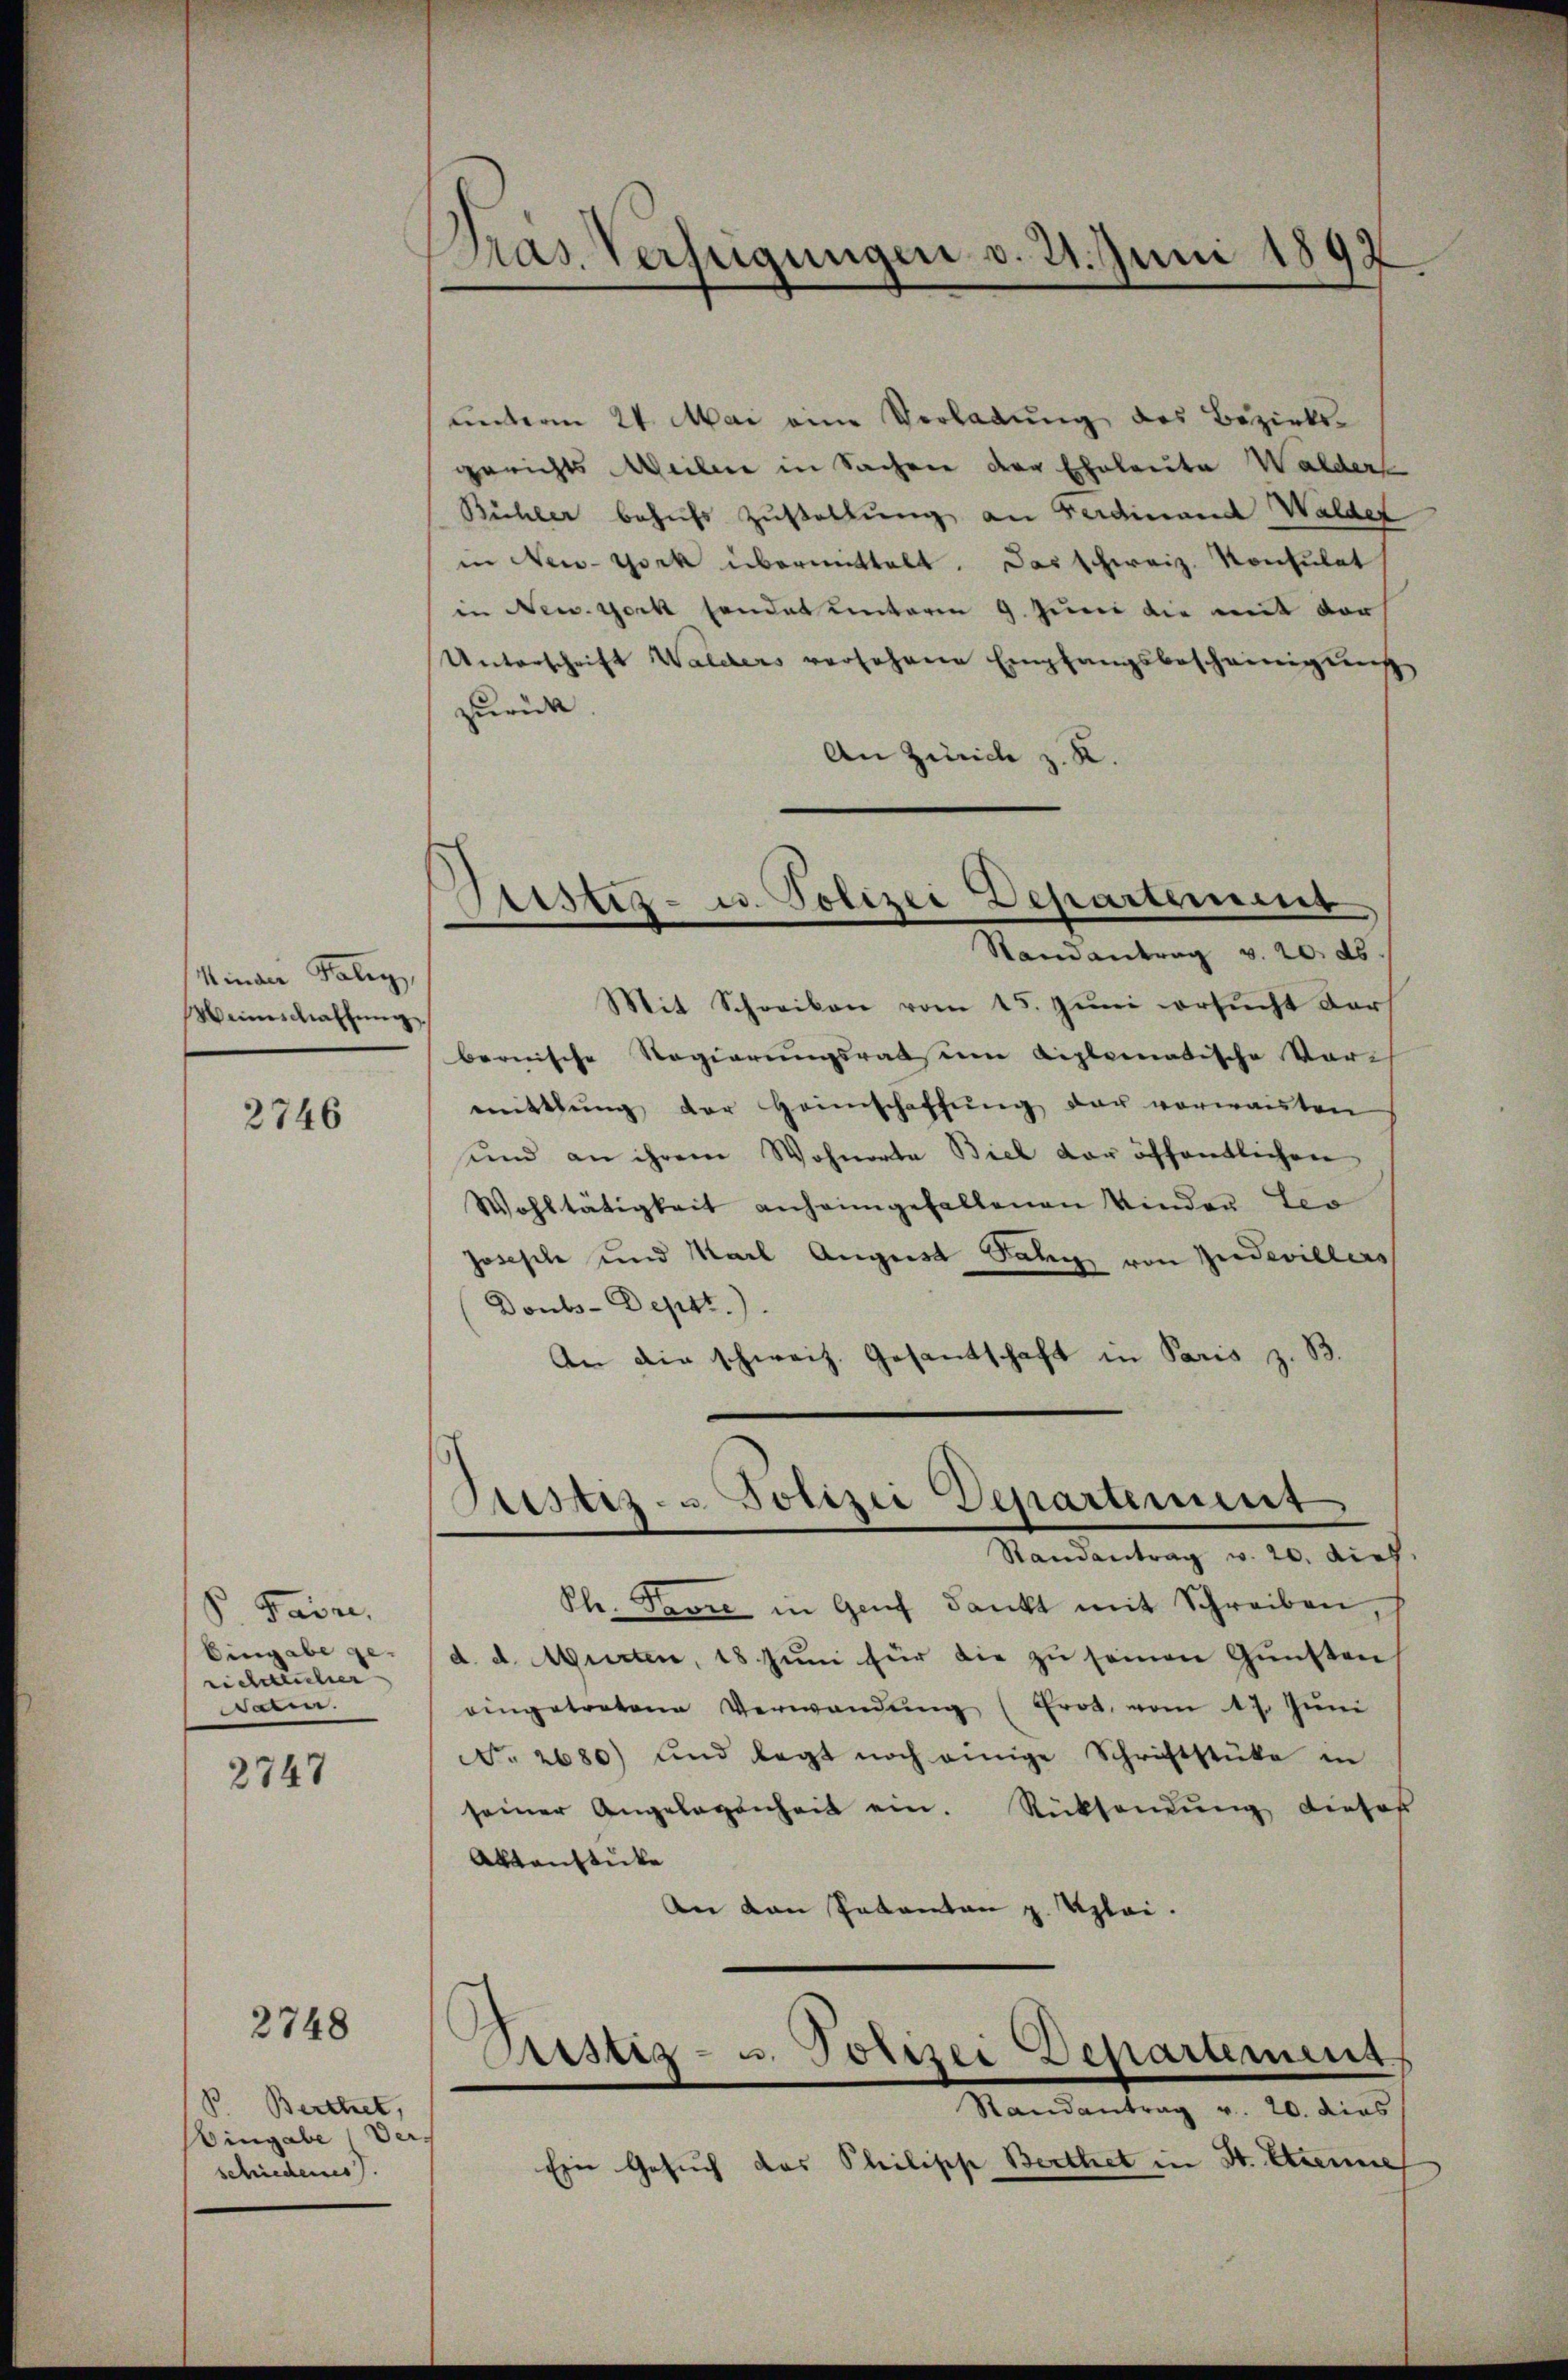
Minder Kalig,
Weinschaffung

2746

S. Parze
Eingabe g
richtenher
daten.

2747

2748

B. Berthet,
Eingabe Ver-
schiedenes.

Pras. Verfügungen d. 21. Juni 1892

ŭnterm 24. Mai eine Verladŭng des Bezirks-
gerichts Meilere in Sachen der Eheleute Walder
Bühler behufs Zustellung an Ferdinand Walder
in New-York übermittelt. Das schweiz. Konsulat
in New York sondet unterm 9. Juni die mit der
Unterschrift Walders versehene Empfangsbescheinigung
zurück.
An Zürich z. R.

Sistiz- u. Polizei Departement,

Justiz- & Polizei Departement

Randantrag v. 20. ds.
Mit Schreiben vom 15. Juni versucht darf
bernische Regierungsrats um diplomatische Vormittlung der Heimschaffŭng der vorwanten
und an ihrem Wohnorte Biel der öffentlichen
Wohltätigkeit anheimgefallenen Kinder Leo
josesche und Karl August Satz von Zudevillers
Doubs-Deptt.).
An die schweiz. Gesandschaft in Paris z. B.
Randantrag v. 20. dies
Ple. Tević in Genf dankt mit Schreiben,
d. d. Murten, 18 Juni für die zu seinen Gunsten
eingetretene Verwandŭng (Erot, vom 17. Jŭni
No. 2680) und legt noch einige Schriftstüke in
seiner Angelegenheit ein. Rücksendung dieses
Aktenstücke
An den Sakanton z. Uploi.

Fristiz- u. Polizei Departemens

Randantrag v. 20. dies
Ein Gesuch das Philische Berthet in St. Etienne